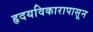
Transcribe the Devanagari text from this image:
हृदयविकारापासून